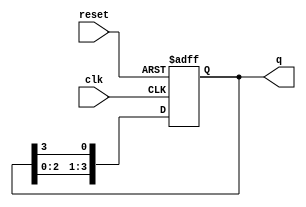
module ring_counter (
    input wire clk,           // Clock input
    input wire reset,         // Asynchronous reset input
    output reg [N-1:0] q      // Output state of the ring counter
);
    parameter N = 4;          // Number of flip-flops (states)

    // Initial state declaration
    initial begin
        q = 1; // Start with the first flip-flop high (0001 for N=4)
    end

    // Sequential logic for the ring counter
    always @(posedge clk or posedge reset) begin
        if (reset) begin
            q <= 1; // Reset to initial state (0001)
        end else begin
            // Shift operation: rotate the high state to the next flip-flop
            q <= {q[N-2:0], q[N-1]}; // Shift left and wrap around
        end
    end
endmodule